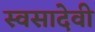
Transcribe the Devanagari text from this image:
स्वसादेवी